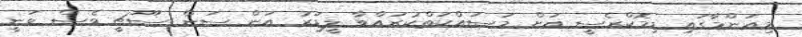
މިއަންމާގައި ޑިމޮކްރެސީ އަށް މަސައްކަތްކުރައްވާ ލީޑަރު އަން ސަން ސޫޗީ ވެސް ވަނީ